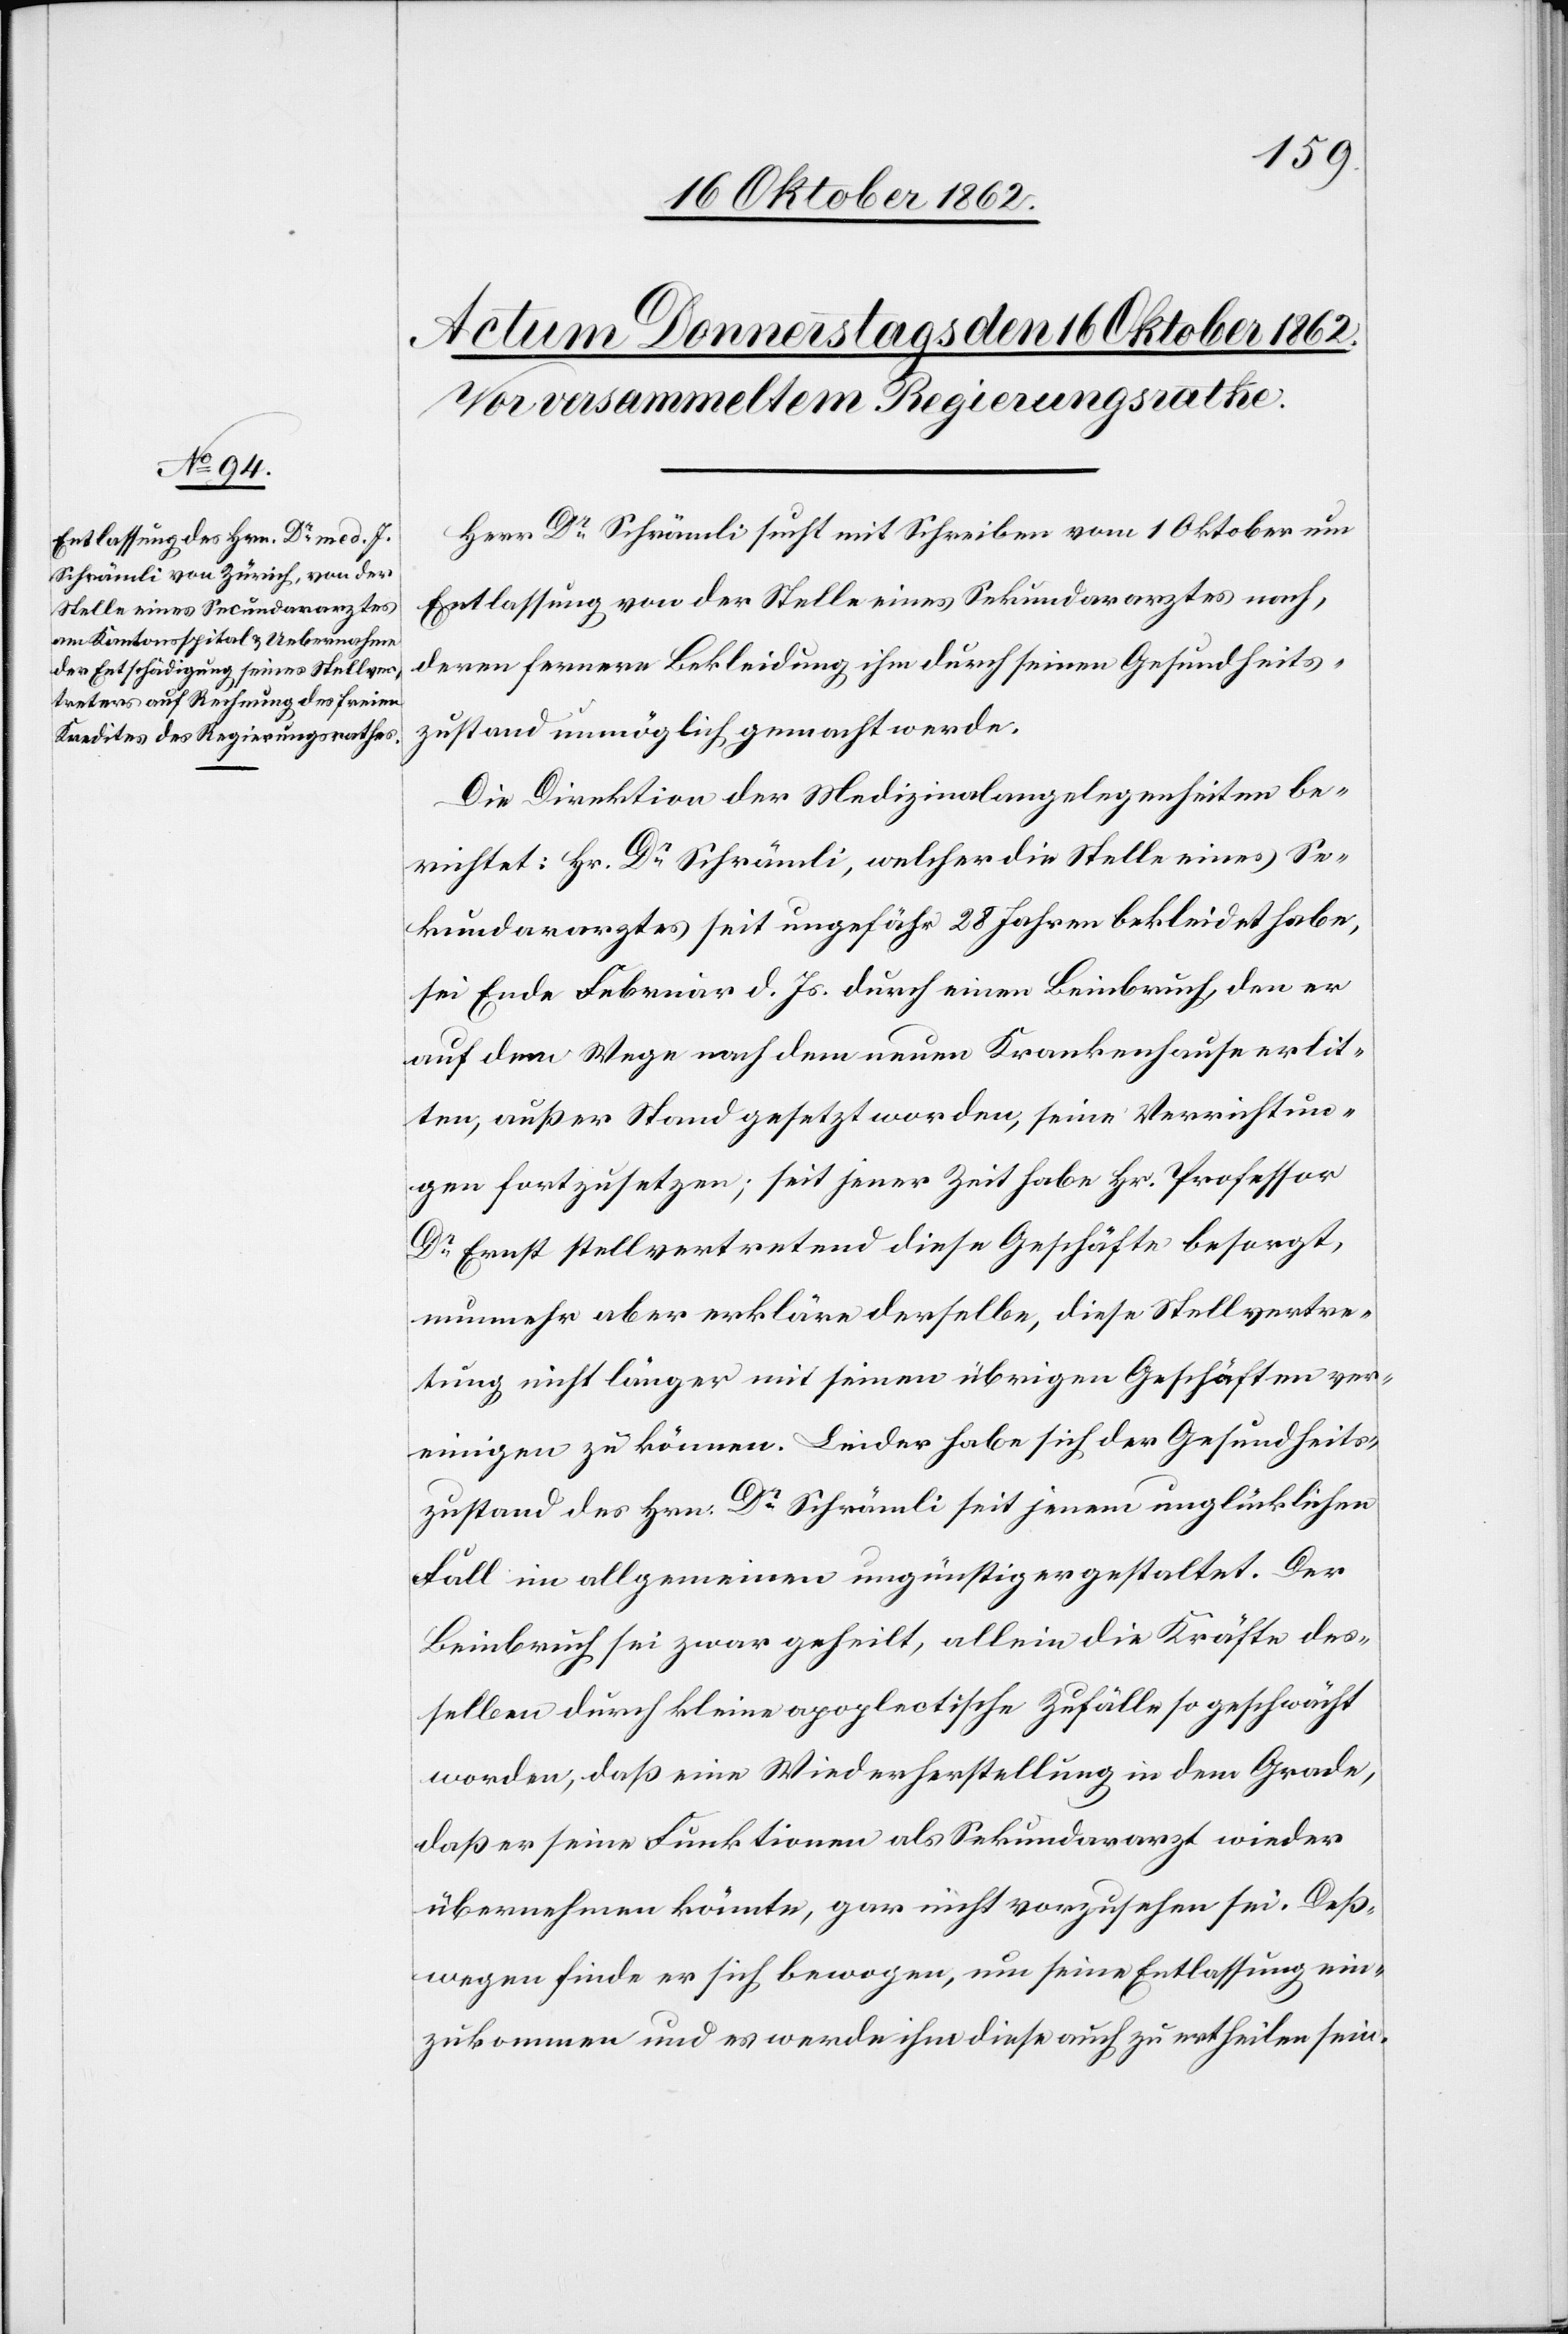
Herr Dr. Schrämli sucht mit Schreiben vom 1. Oktober um
Entlassung von der Stelle eines Sekundararztes nach,
deren fernere Bekleidung ihm durch seinen Gesundheits¬
zustand unmöglich gemacht werde.
Die Direktion der Medizinalangelegenheiten be¬
richtet: Hr. Dr. Schrämli, welcher die Stelle eines Se¬
kundararztes seit ungefähr 28 Jahren bekleidet habe,
sei Ende Februar d. Js. durch einen Beinbruch, den er
auf dem Wege nach dem neuen Krankenhause erlit¬
ten, außer Stand gesetzt worden, seine Verrichtun¬
gen fortzusetzen; seit jener Zeit habe Hr. Professor
Dr. Ernst stellvertretend diese Geschäfte besorgt,
nunmehr aber erkläre derselbe, diese Stellvertre¬
tung nicht länger mit seinen übrigen Geschäften ver¬
einigen zu können. Leider habe sich der Gesundheits¬
zustand des Hrn. Dr. Schrämli seit jenem unglücklichen
Fall im allgemeinen ungünstiger gestaltet. Der
Beinbruch sei zwar geheilt, allein die Kräfte des¬
selben durch kleine apoplectische Zufälle so schwächt
worden, daß eine Wiederherstellung in dem Grade,
daß er seine Funktonen als Sekundararzt wieder
übernehmen könnte, gar nicht vorzusehen sei. Deß¬
wegen finde er sich bewogen, um seine Entlassung ein¬
zukommen und es werde ihm diese auch zu ertheilen sein.